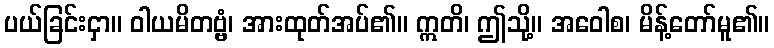
ပယ်ခြင်းငှာ။ ဝါယမိတဗ္ဗံ၊ အားထုတ်အပ်၏။ ဣတိ၊ ဤသို့။ အဝေါစ၊ မိန့်တော်မူ၏။